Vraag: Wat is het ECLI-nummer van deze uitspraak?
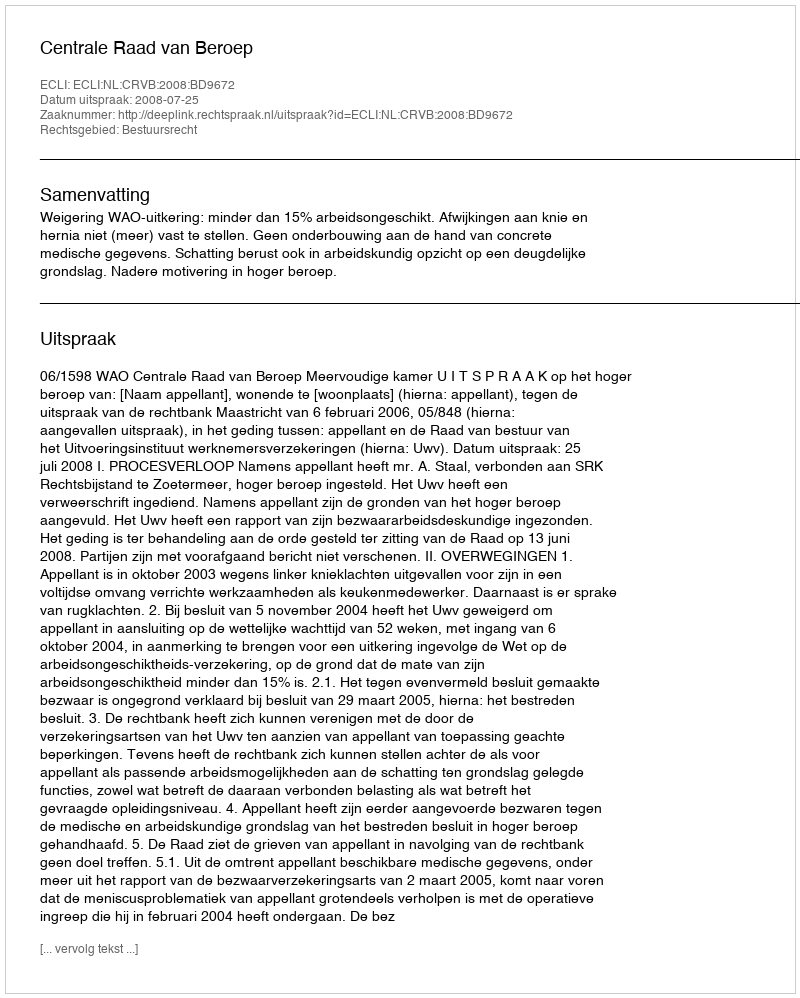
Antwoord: ECLI:NL:CRVB:2008:BD9672